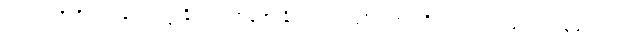
တပည့်တို့ကို အုပ်ချုပ်ရာ၌ နှိပ်ကွပ်တန်က နှိပ်ကွပ်ပါ၊ သို့မှသာ ပုဂ္ဂိုလ်ကောင်းများ ကျန်ခဲ့မည်ဟု